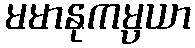
မမာနုကမ္ပယာ